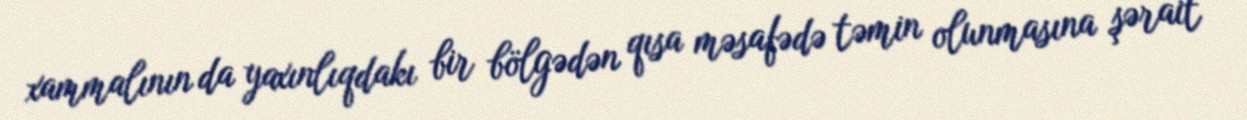
xammalının da yaxınlıqdakı bir bölgədən qısa məsafədə təmin olunmasına şərait